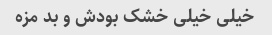
خیلی خیلی خشک بودش و بد مزه